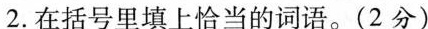
2.在括号里填上恰当的词语。（2分）